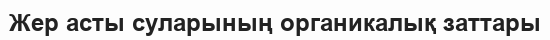
Жер асты суларының органикалық заттары